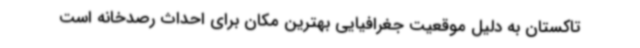
تاکستان به دلیل موقعیت جغرافیایی بهترین مکان برای احداث رصدخانه است